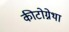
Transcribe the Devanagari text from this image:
कीटोग्नेथा